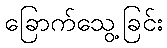
ခြောက်သွေ့ခြင်း